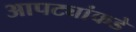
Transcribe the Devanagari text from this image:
आपट्यांकडे